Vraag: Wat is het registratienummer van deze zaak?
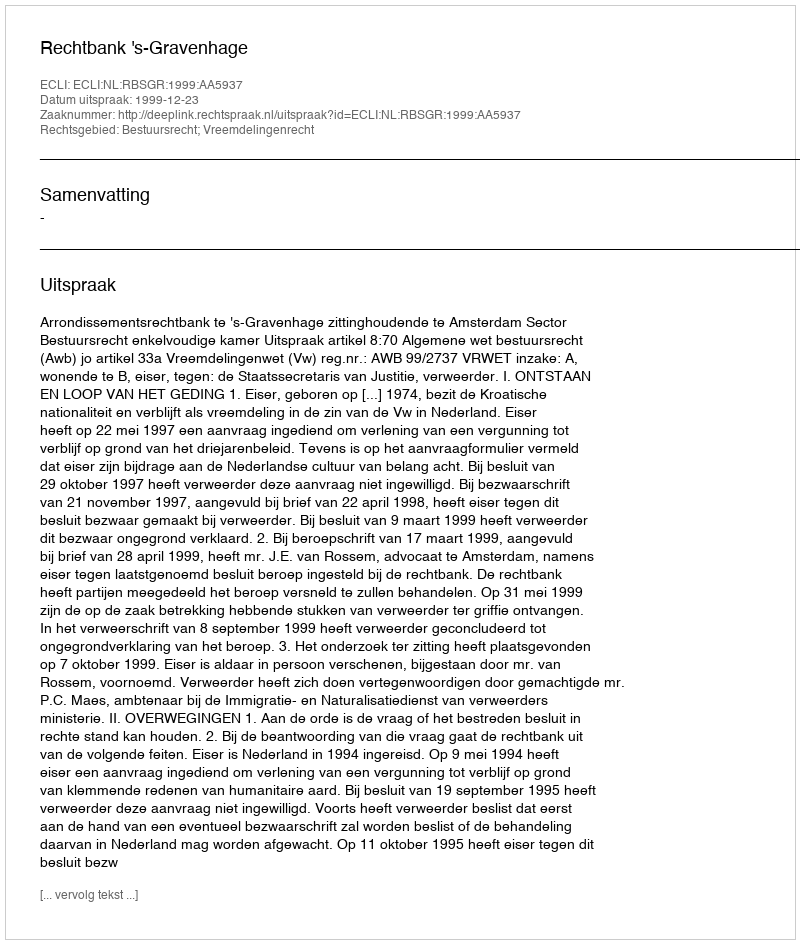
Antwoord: http://deeplink.rechtspraak.nl/uitspraak?id=ECLI:NL:RBSGR:1999:AA5937